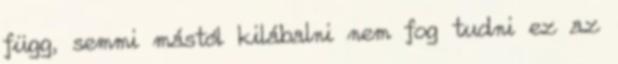
függ, semmi mástól kilábalni nem fog tudni ez az